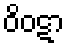
ဝိဝဋာ